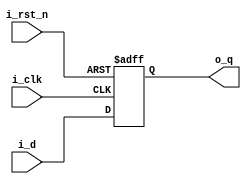
module d_ff
( 
input i_d,
input i_clk,
input  i_rst_n,
output  o_q
);
reg r_q;
assign  o_q = r_q;

always@(posedge i_clk or negedge i_rst_n)
begin
    if(!i_rst_n)
        r_q<= 0;
    else
        r_q<=i_d;
end
endmodule